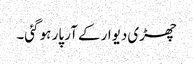
چھڑی دیوار کے آر پار ہو گئی۔